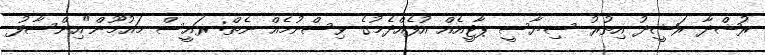
ރުޝްދާ ރަޝީދު އިތުރު ސިޔާސީ ޕާޓީއެއް އުފެއްދެމުގެ ވިސްނުމެއް ނެތް: ރައީސް މައުމޫން"އިންސާފު-